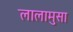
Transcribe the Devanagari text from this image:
लालामुसा